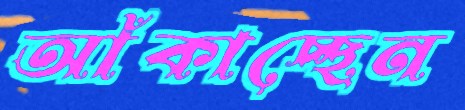
আঁকাচ্ছেন